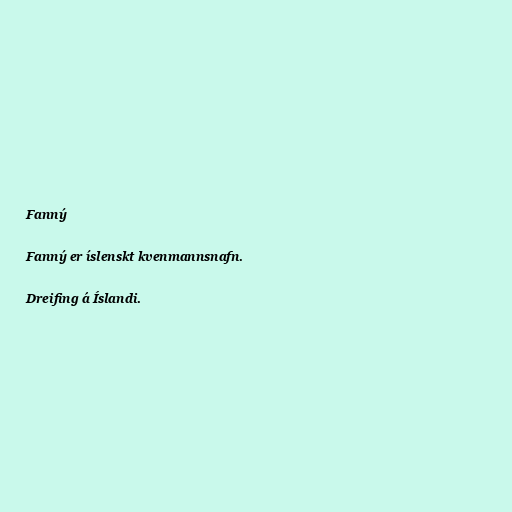
Fanný

Fanný er íslenskt kvenmannsnafn.

Dreifing á Íslandi.